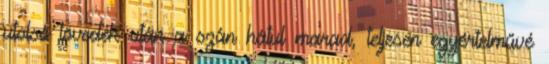
utolsó lövedék után a szán hátul marad, teljesen egyértelművé